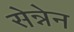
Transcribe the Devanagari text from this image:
सेन्नेन